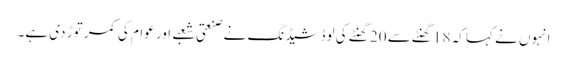
انہوں نے کہا کہ 18 گھنٹے سے 20 گھنٹے کی لوڈشیڈنگ نے صنعتی شعبے اور عوام کی کمر توڑ دی ہے۔